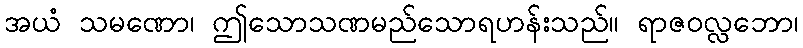
အယံ သမဏော၊ ဤသောသဏမည်သောရဟန်းသည်။ ရာဇဝလ္လဘော၊